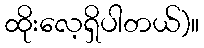
ထိုးလေ့ရှိပါတယ်)။